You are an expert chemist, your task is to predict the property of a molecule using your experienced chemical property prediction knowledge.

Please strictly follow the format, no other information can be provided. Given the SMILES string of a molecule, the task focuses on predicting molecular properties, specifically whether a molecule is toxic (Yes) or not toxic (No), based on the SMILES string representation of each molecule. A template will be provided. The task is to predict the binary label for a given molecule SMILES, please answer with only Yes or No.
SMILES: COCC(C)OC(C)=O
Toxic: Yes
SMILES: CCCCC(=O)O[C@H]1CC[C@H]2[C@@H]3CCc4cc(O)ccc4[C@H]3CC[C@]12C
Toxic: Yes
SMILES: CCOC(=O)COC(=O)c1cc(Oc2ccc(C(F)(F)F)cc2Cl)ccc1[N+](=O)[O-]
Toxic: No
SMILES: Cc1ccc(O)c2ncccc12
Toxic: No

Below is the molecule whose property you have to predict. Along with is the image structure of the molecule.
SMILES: Nc1nc(=O)n([C@@H]2O[C@H](CO)[C@@H](O)[C@@H]2F)cc1I
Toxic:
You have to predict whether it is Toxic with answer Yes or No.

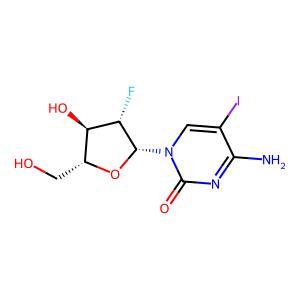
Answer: No